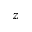
z